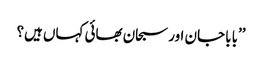
’’بابا جان اور سبحان بھائی کہاں ہیں؟